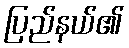
ပြည်နယ်၏